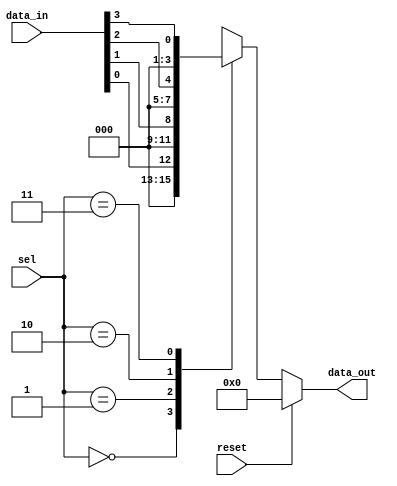
module parameterized_mux #(
    parameter N = 4 // Default number of input lines
) (
    input wire [N-1:0] data_in, // Input data lines
    input wire [$clog2(N)-1:0] sel, // Selection input (log2(N) bits)
    input wire reset, // Reset signal
    output reg [N-1:0] data_out // Output
);

    // Always block to handle selection logic
    always @(*) begin
        if (reset) begin
            data_out = 0; // Initialize output to 0 on reset
        end else begin
            // Default case to handle invalid selection
            case (sel)
                0: data_out = data_in[0];
                1: data_out = data_in[1];
                2: data_out = data_in[2];
                // Add more cases as needed based on N
                3: data_out = data_in[3];
                // Continue adding cases up to N-1
                default: data_out = 0; // Default case for invalid selection
            endcase
        end
    end

endmodule